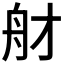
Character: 𦨑